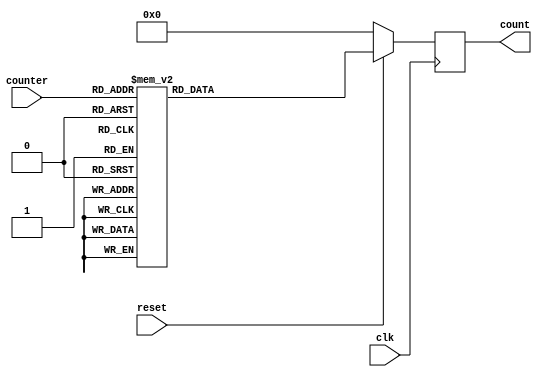
module thermo_code(
    input wire clk,
    input wire reset,
    input wire [3:0] counter,
    output wire [14:0] count
    );

    reg [14:0] count_temp = 15'b0;

    always@(posedge clk) begin

        if(reset == 1'b0) begin
            count_temp <= 15'b0;
        end
        else begin
            case(counter)
                4'd0: count_temp = 15'b000_0000_0000_0000;
                4'd1: count_temp = 15'b000_0000_0000_0001;
                4'd2: count_temp = 15'b000_0000_0000_0011;
                4'd3: count_temp = 15'b000_0000_0000_0111;
                4'd4: count_temp = 15'b000_0000_0000_1111;
                4'd5: count_temp = 15'b000_0000_0001_1111;
                4'd6: count_temp = 15'b000_0000_0011_1111;
                4'd7: count_temp = 15'b000_0000_0111_1111;
                4'd8: count_temp = 15'b000_0000_1111_1111;
                4'd9: count_temp = 15'b000_0001_1111_1111;
                4'd10: count_temp = 15'b000_0011_1111_1111;
                4'd11: count_temp = 15'b000_0111_1111_1111;
                4'd12: count_temp = 15'b000_1111_1111_1111;
                4'd13: count_temp = 15'b001_1111_1111_1111;
                4'd14: count_temp = 15'b011_1111_1111_1111;
                4'd15: count_temp = 15'b111_1111_1111_1111;
                default: count_temp = 15'b000_0000_0000_0000;
            endcase
        end
    end

    assign count = count_temp;

endmodule